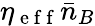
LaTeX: \eta_{\mathrm{~e~f~f~}}\bar{n}_{B}